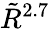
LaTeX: \tilde{R}^{2.7}